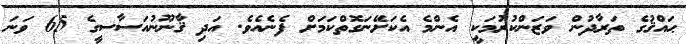
ޙައްޤުގެ ތަރާދުން ވަޒަންކުރުމަކީ އެންމެ އެކަށޭނަގޮތްކަމަށް ފެނެއެވެ. އަދި ޤާނޫނުއަސާސީގެ 65 ވަނަ